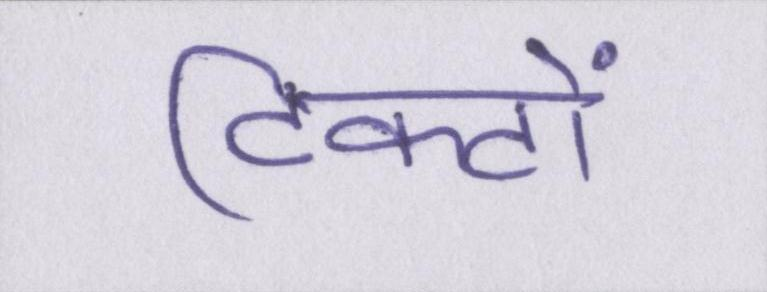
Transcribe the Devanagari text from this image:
टिकटों